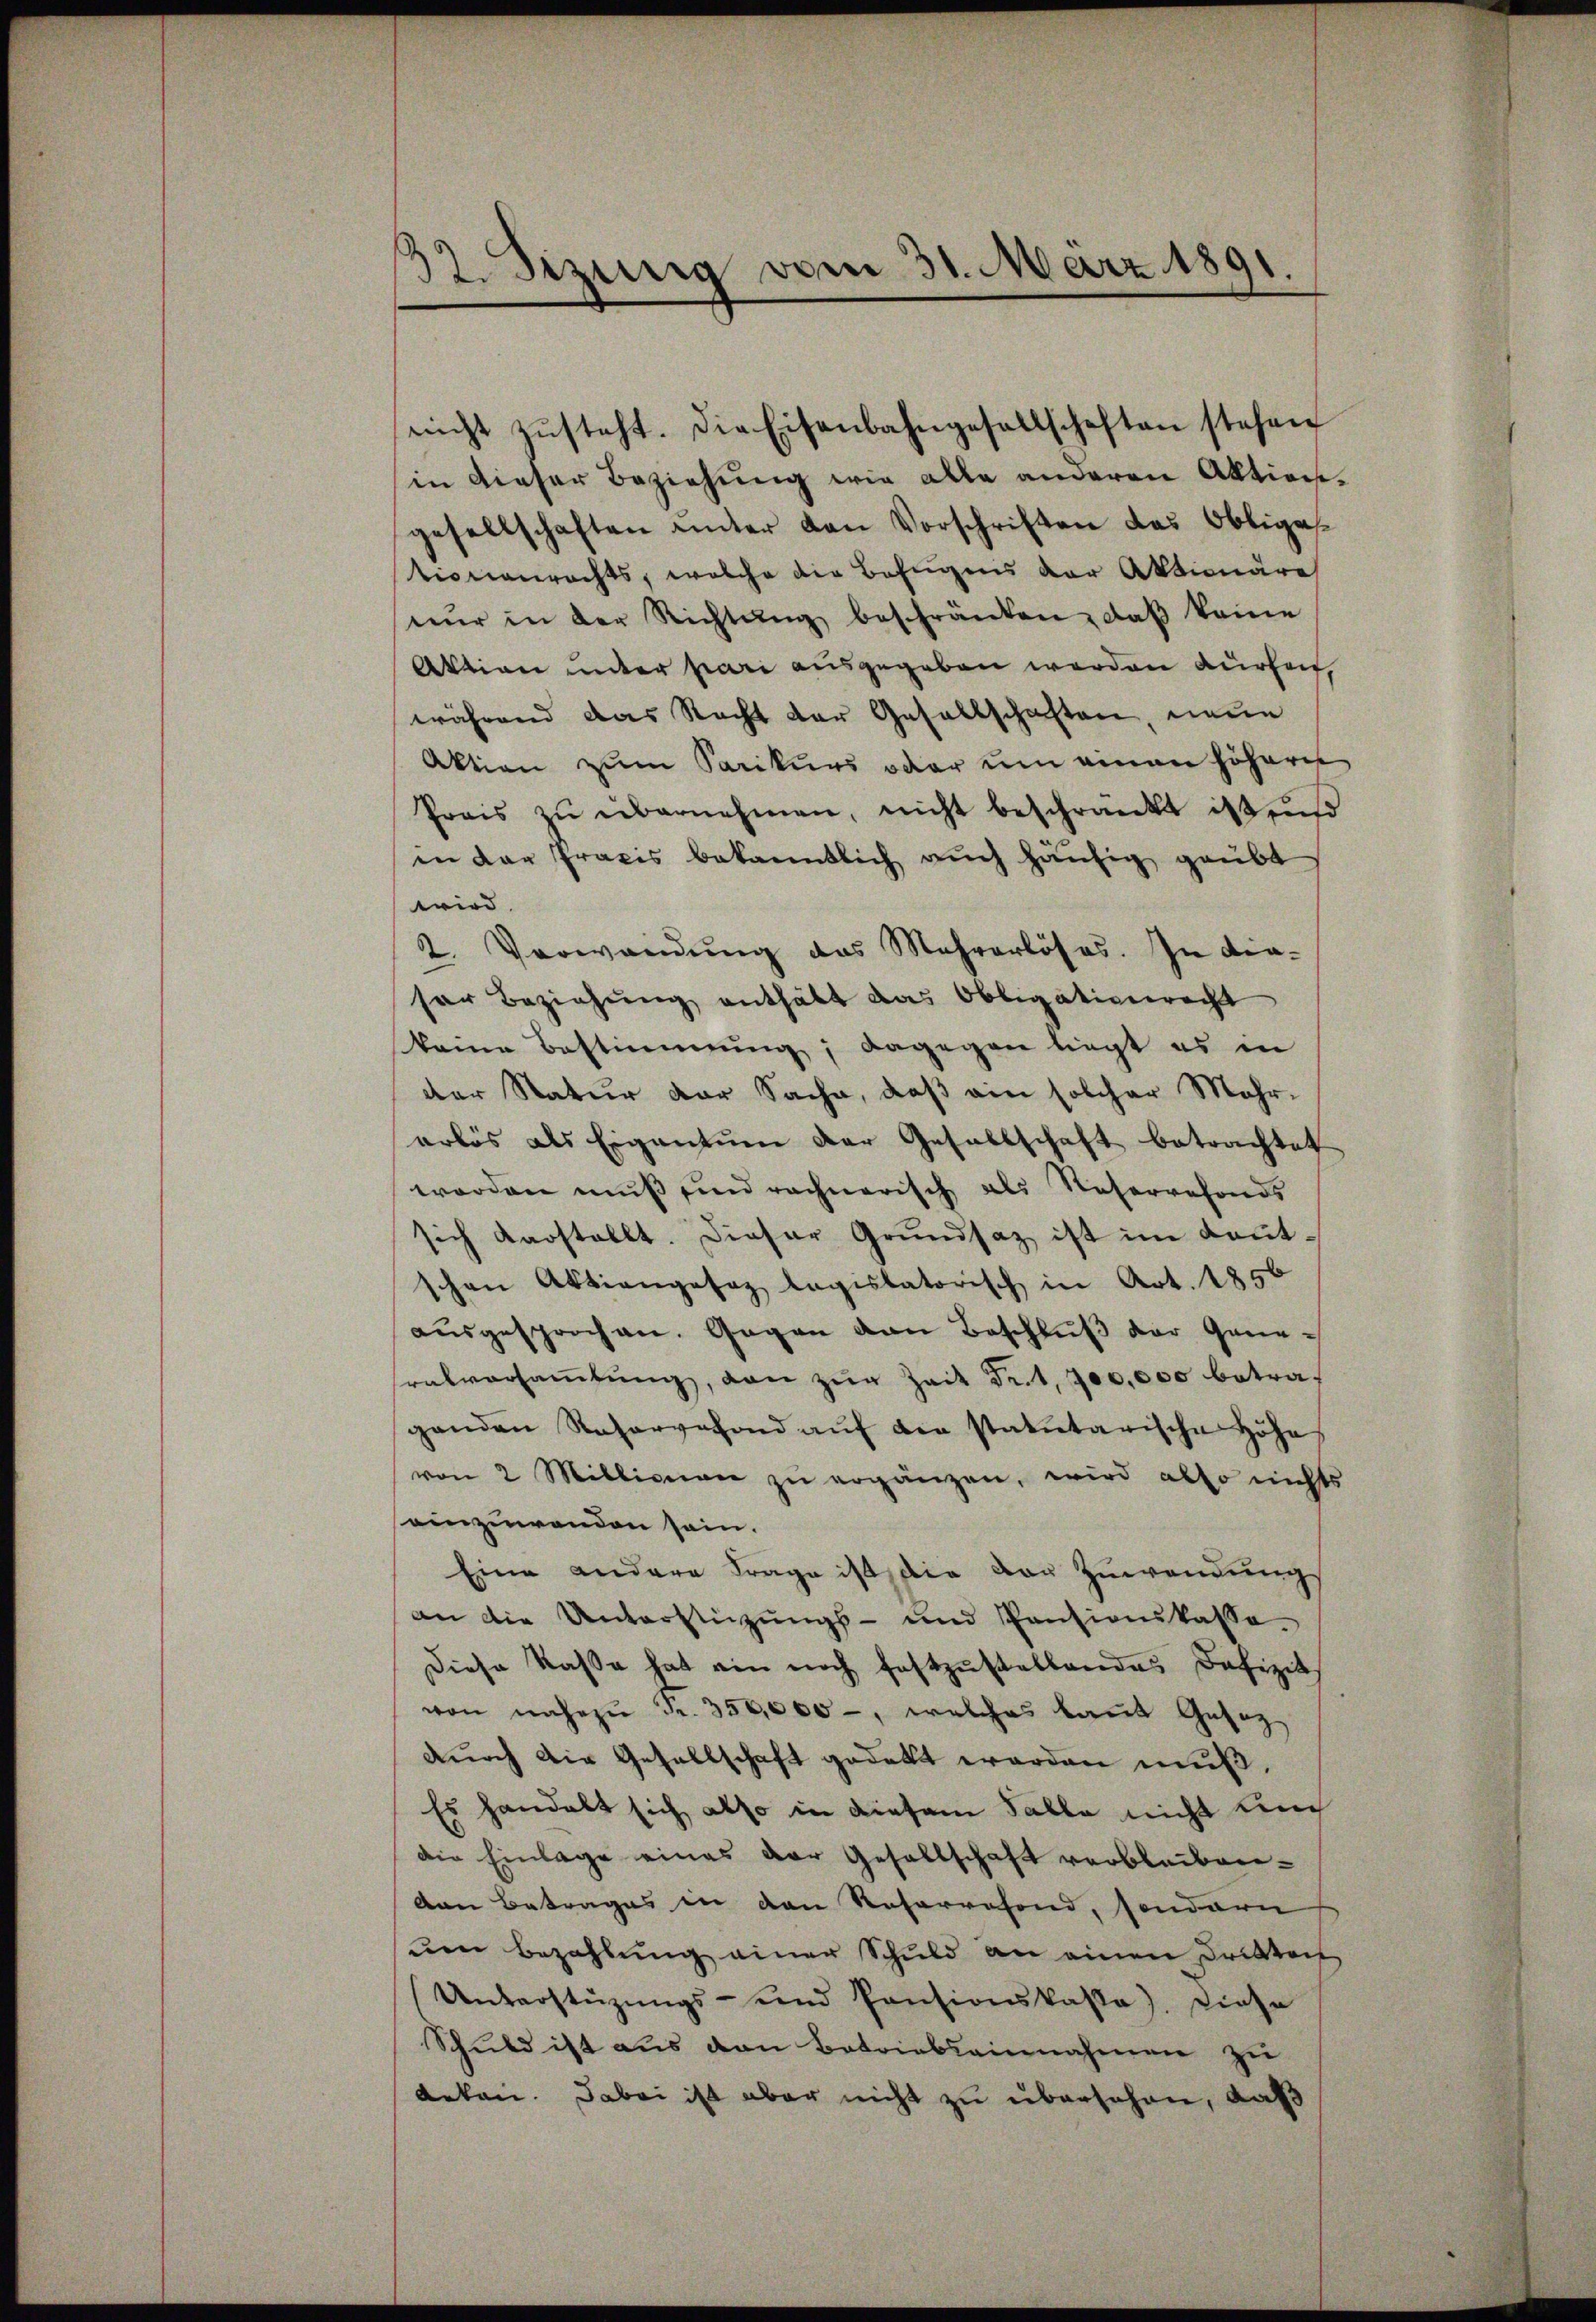
32. Dizung vom 31. März 1891.

nicht zŭsteht. Die Eisenbahngesellschaften stehen
in dieser Beziehung wie alle anderen Aktion.
gesellschaften unter den Vorschriften das Obligastionenrechts, welche die Befugens der Aktionäre
nŭr in der Richtŭng beschränken, daß keine
Aktion unter pari ausgegeben werden Kurheit,
während das Recht der Gesellschaften, neue
Aktion zum Sarikurs oder um einen höheres
Preis zŭ übernehmen, nicht beschränkt ist aus
in der Praxis bekanntlich auch häufig geübt
wird.
2. Verwandung des Mehrerlöses. In diesor Beziehung enthält das Obligationrecht
keine Bestimmung; dagegen liegt es in
der Natur der Sache, daß ein solcher Mehr-
erlös als Eigentum der Gesellschaft betrachtet
werden muß sind rechnerisch als Reservefonds
sich darstellt. Dieser Grundsaz ist im Kautschen Aktiengesez legislatorisch in Art. 1856
aŭsgesprochen. Gegen den Beschlŭβ der Generatversaṁlŭng, von zŭr Zeit des 700,000 betraganden Reservefond aŭf den statutarische Höhe
von 2 Millionen zŭ ergänzen, wird also nichts
einzuwenden sein.
Eine andere Frage ist, die der Zuwendung
an die Unterstützŭngs- und Pensionskasse
Diese Kassa hat ein noch festzŭstellendes Defizit
von nahezŭ Fr. 350,000 -, welches kannt Gesezdŭrch die Gesellschaft gedeckt werden mŭβ,
Es handelt sich also in diesem Falle nicht auch
die Einlage eines der Gesellschaft verbleiben-
ven Betrages in den Reserrefond, sondern
uen Bezahlung einer Schuld an einen Drittet
(Unterstüzungs- und Pensionskassa). Diese
Schuld ist aus den Betriebsainnahmen zu
deken. Dabei ist aber nicht zu übersehen, daß